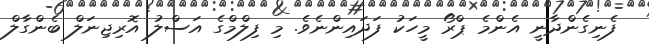
ފެނިގެންދާނީ އެންމެ ޕްރޯ މީހަކު ފަދައިންނެވެ. މި ފިލްމްގެ އަސްލު އޮރިޖިނަލް ބެންގާލް